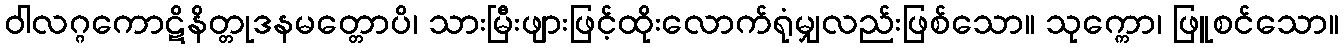
ဝါလဂ္ဂကောဋိနိတ္တုဒနမတ္တောပိ၊ သားမြီးဖျားဖြင့်ထိုးလောက်ရုံမျှလည်းဖြစ်သော။ သုက္ကော၊ ဖြူစင်သော။